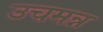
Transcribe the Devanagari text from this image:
उचमन्न